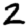
Digit: 2